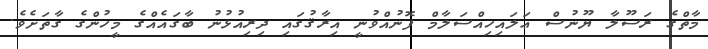
މާތްގެ ރަސޫލާ ޔޫނުސް ޢަލައިހިއްސަލާމް ފޮނުއްވުނީ އިރާޤުގައި ދިރިއުޅުނު ބާގައެއްގެ މީހުންގެ ގާތަށެވެ.